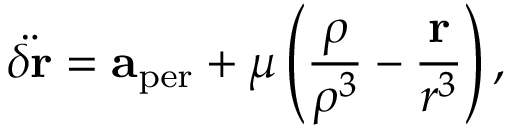
{ \ddot { \delta \mathbf { r } } } = \mathbf { a } _ { \mathrm { p e r } } + \mu \left( { \frac { \boldsymbol { \rho } } { \rho ^ { 3 } } } - { \frac { \mathbf { r } } { r ^ { 3 } } } \right) ,